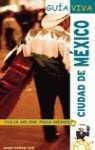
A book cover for Ciudad De Mexico/ City of Mexico (Spanish Edition); Daniel Robles; Travel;